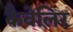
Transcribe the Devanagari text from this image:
कैवेलिर